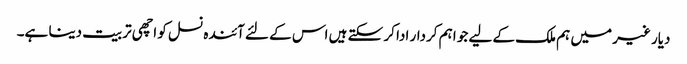
دیار غیر میں ہم ملک کے لیے جو اہم کردار ادا کر سکتے ہیں اس کے لئے آئندہ نسل کو اچھی تربیت دینا ہے۔